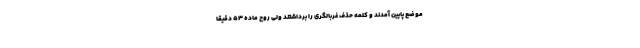
موضع پایین آمدند و کلمه حذف غربالگری را برداشتند ولی روح ماده ۵۳ دقیقا